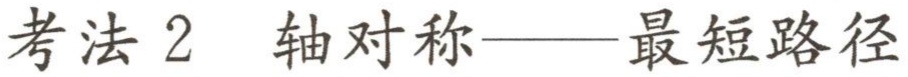
考法 2 轴对称——最短路径